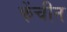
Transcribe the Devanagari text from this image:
फेंचीन